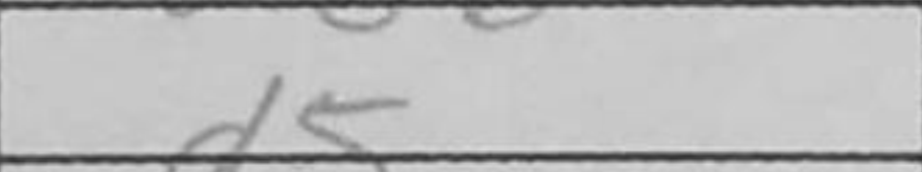
Transcription: d5